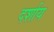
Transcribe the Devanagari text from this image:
दर्शाय